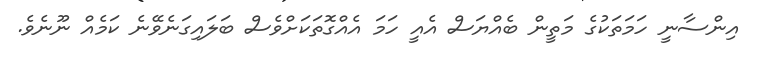
އިންސާނީ ހަމަތަކުގެ މަތީން ބެއްޔަސް އެއީ ހަމަ އެއްގޮތަކަށްވެސް ބަލައިގަނެވޭނެ ކަމެއް ނޫނެވެ.